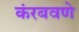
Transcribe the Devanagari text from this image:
कंरबवणे